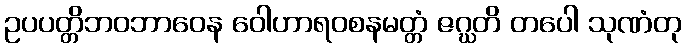
ဥပပတ္တိဘဝဘာဝေန ဝေါဟာရဝစနမတ္တံ ဇဂ္ဃတိ တပေါ သုဏံတု